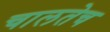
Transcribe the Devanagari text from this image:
चालतेच